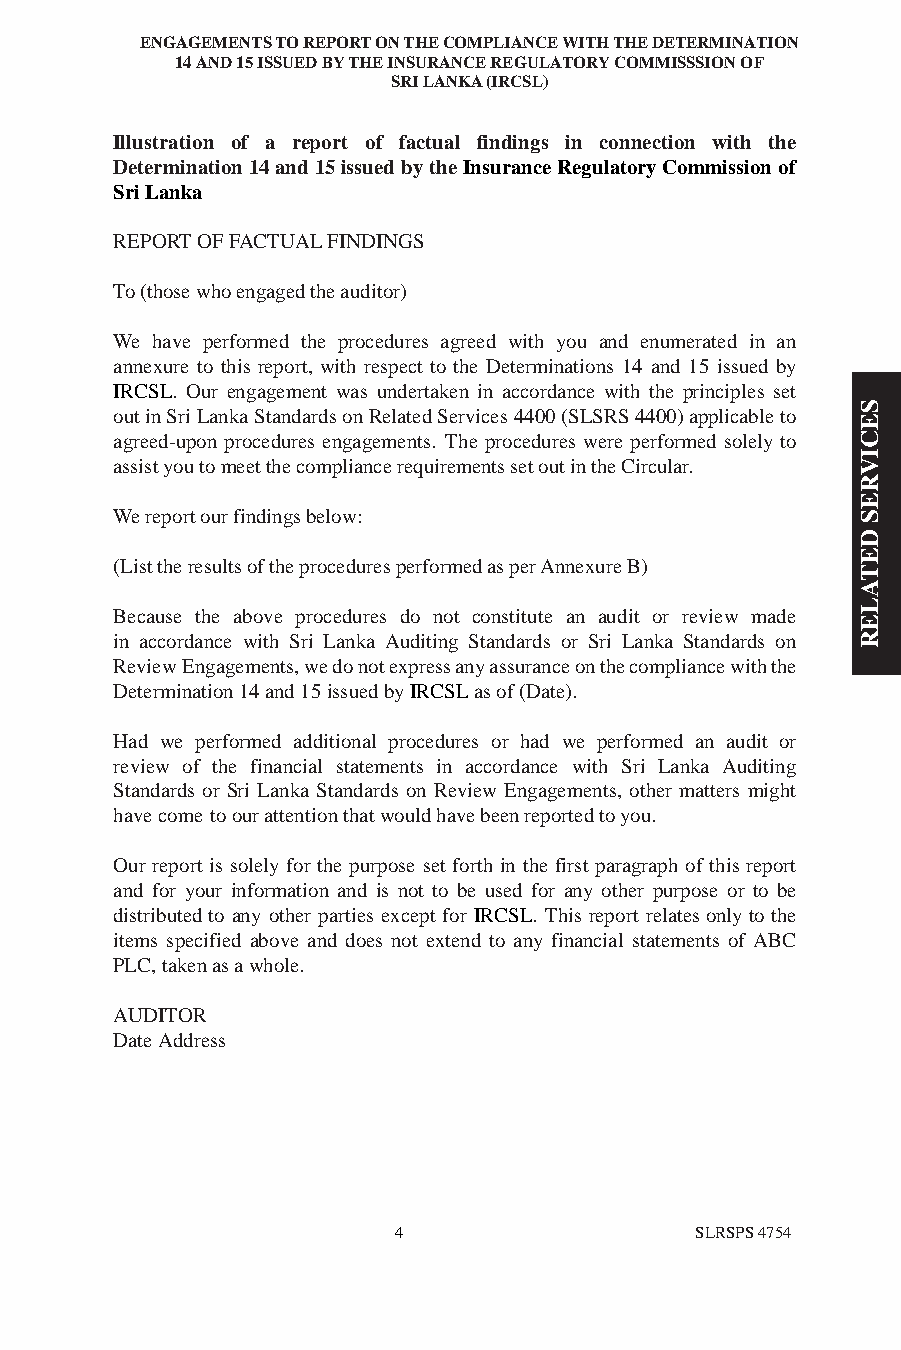
ENGAGEMENTS TO REPORT ON THE COMPLIANCE WITH THE DETERMINATION
 14 AND 15 ISSUED BY THE INSURANCE REGULATORY COMMISSSION OF
 SRI LANKA (IRCSL)
 Illustration of a report of factual findings in connection with the
 Determination 14 and 15 issued by the Insurance Regulatory Commission of
 Sri Lanka
 REPORT OF FACTUAL FINDINGS
 To (those who engaged the auditor)
 We have performed the procedures agreed with you and enumerated in an
 annexure to this report, with respect to the Determinations 14 and 15 issued by
 IRCSL. Our engagement was undertaken in accordance with the principles set
 S
 out in Sri Lanka Standards on Related Services 4400 (SLSRS 4400) applicable to
 E
 agreed-upon procedures engagements. The procedures were performed solely to C
 I
 assist you to meet the compliance requirements set out in the Circular. V
 R
 E
 We report our findings below:                    S
 D
 E
 (List the results of the procedures performed as per Annexure B)
 T
 A
 L
 Because the above procedures do not constitute an audit or review made
 E
 in accordance with Sri Lanka Auditing Standards or Sri Lanka Standards on R
 Review Engagements, we do not express any assurance on the compliance with the
 Determination 14 and 15 issued by IRCSL as of (Date).
 Had we performed additional procedures or had we performed an audit or
 review of the financial statements in accordance with Sri Lanka Auditing
 Standards or Sri Lanka Standards on Review Engagements, other matters might
 have come to our attention that would have been reported to you.
 Our report is solely for the purpose set forth in the first paragraph of this report
 and for your information and is not to be used for any other purpose or to be
 distributed to any other parties except for IRCSL. This report relates only to the
 items specified above and does not extend to any financial statements of ABC
 PLC, taken as a whole.
 AUDITOR
 Date Address
 4                   SLRSPS 4754